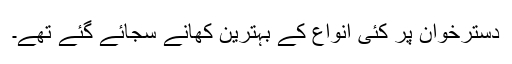
دسترخوان پر کئی انواع کے بہترین کھانے سجائے گئے تھے۔